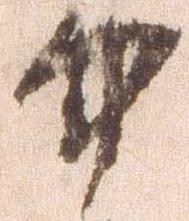
中